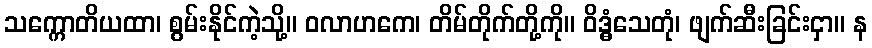
သက္ကောတိယထာ၊ စွမ်းနိုင်ကဲ့သို့။ ဝလာဟကေ၊ တိမ်တိုက်တို့ကို။ ဝိဒ္ဓံသေတုံ၊ ဖျက်ဆီးခြင်းငှာ။ န